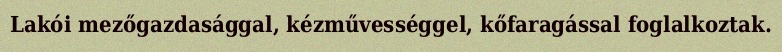
Lakói mezőgazdasággal, kézművességgel, kőfaragással foglalkoztak.